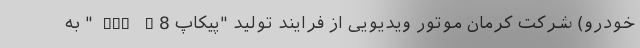
خودرو) شرکت کرمان موتور ویدیویی از فرایند تولید "پیکاپ KMC T8 " به